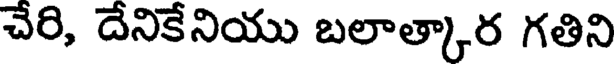
చేరి, దేనికేనియు బలాత్కార గతిని